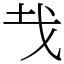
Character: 𢦏